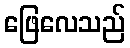
ဖြေလေသည်